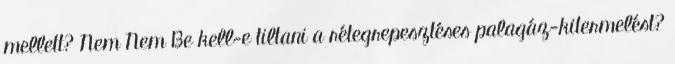
mellett? Nem Nem Be kell-e tiltani a rétegrepesztéses palagáz-kitermelést?